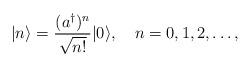
LaTeX: \begin{align*}|n\rangle={(a^\dagger)^n\over\sqrt{n!}}|0\rangle, \quad n=0,1,2,\ldots, \end{align*}